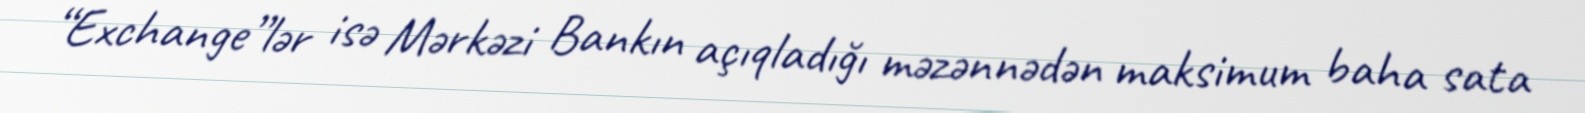
“Exchange”lər isə Mərkəzi Bankın açıqladığı məzənnədən maksimum baha sata